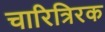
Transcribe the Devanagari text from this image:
चारित्रिरक